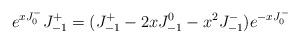
\begin{align*}e^{xJ^-_0} J^+_{-1}= (J^+_{-1}-2xJ^0_{-1}-x^2J^-_{-1})e^{-xJ^-_0}\end{align*}